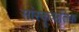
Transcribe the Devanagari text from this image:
सांस्कृऋतिक